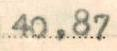
40,87